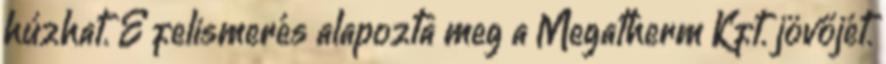
húzhat. E felismerés alapozta meg a Megatherm Kft. jövőjét.